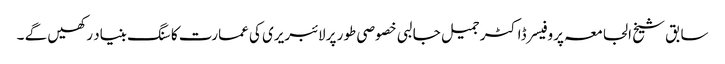
سابق شیخ الجامعہ پروفیسر ڈاکٹر جمیل جالبی خصوصی طور پر لائبریری کی عمارت کا سنگ بنیاد رکھیں گے ۔